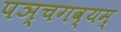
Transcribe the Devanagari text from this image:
पञ्चगव्यम्